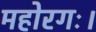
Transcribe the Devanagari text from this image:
महोरगः।